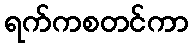
ရက်ကစတင်ကာ